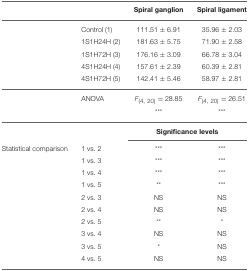
<table><thead><tr><td></td><td></td><td><b>Spiral ganglion</b></td><td><b>Spiral ligament</b></td></tr></thead><tbody><tr><td></td><td>Control (1)</td><td>111.51 ± 6.91</td><td>35.96 ± 2.03</td></tr><tr><td></td><td>1S1H24H (2)</td><td>181.63 ± 5.75</td><td>71.90 ± 2.58</td></tr><tr><td></td><td>1S1H72H (3)</td><td>176.16 ± 3.09</td><td>66.78 ± 3.04</td></tr><tr><td></td><td>4S1H24H (4)</td><td>157.61 ± 2.39</td><td>60.39 ± 2.81</td></tr><tr><td></td><td>4S1H72H (5)</td><td>142.41 ± 5.46</td><td>58.97 ± 2.81</td></tr><tr><td></td><td>ANOVA</td><td><i>F</i><sub>(4, 20)</sub> = 28.85 <sup>***</sup></td><td><i>F</i><sub>(4, 20)</sub> = 26.51 <sup>***</sup></td></tr><tr><td></td><td></td><td colspan="2"><b>Significance levels</b></td></tr><tr><td>Statistical comparison</td><td>1 vs. 2</td><td><sup>***</sup></td><td><sup>***</sup></td></tr><tr><td></td><td>1 vs. 3</td><td><sup>***</sup></td><td><sup>***</sup></td></tr><tr><td></td><td>1 vs. 4</td><td><sup>***</sup></td><td><sup>***</sup></td></tr><tr><td></td><td>1 vs. 5</td><td><sup>**</sup></td><td><sup>***</sup></td></tr><tr><td></td><td>2 vs. 3</td><td>NS</td><td>NS</td></tr><tr><td></td><td>2 vs. 4</td><td>NS</td><td>NS</td></tr><tr><td></td><td>2 vs. 5</td><td><sup>**</sup></td><td><sup>*</sup></td></tr><tr><td></td><td>3 vs. 4</td><td>NS</td><td>NS</td></tr><tr><td></td><td>3 vs. 5</td><td><sup>*</sup></td><td>NS</td></tr><tr><td></td><td>4 vs. 5</td><td>NS</td><td>NS</td></tr></tbody></table>